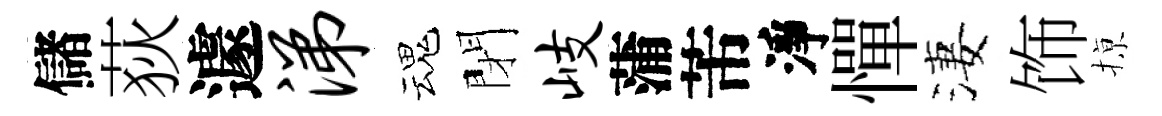
儲荻遽涕魂閉岐蒲芾淨憚淒饰𢱊